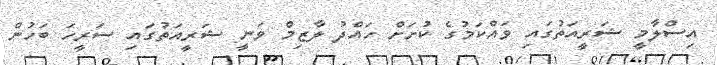
އިސްލާމީ ޝަރީއަތުގައި ވައްކަމުގެ ކުށަށް ހައްދު ލާޒިމް ވަނީ ޝަރީއަތުގައި ސަރީހަ ބަހުން